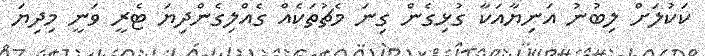
ކަކުލަށް ލިބުނު އަނިޔާއަކާ ގުޅިގެން ގިނަ މެޗުތަކެއް ގެއްލިގެންދިޔަ ޓެރީ ވަނީ މިދިޔަ